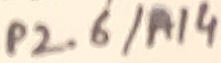
Text: P2.6/A14